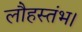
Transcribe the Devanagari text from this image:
लौहस्तंभ।